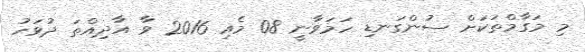
މި މަގާމްތަކަށް ސުންގަނޑި ހަމަވާނީ 08 މެއި 2016 ވާ އާދިއްތަ ދުވަހު